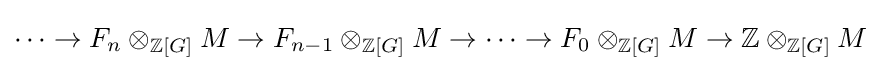
\cdots \to F_{n}\otimes _{\mathbb {Z} [G]}M\to F_{n-1}\otimes _{\mathbb {Z} [G]}M\to \cdots \to F_{0}\otimes _{\mathbb {Z} [G]}M\to \mathbb {Z} \otimes _{\mathbb {Z} [G]}M